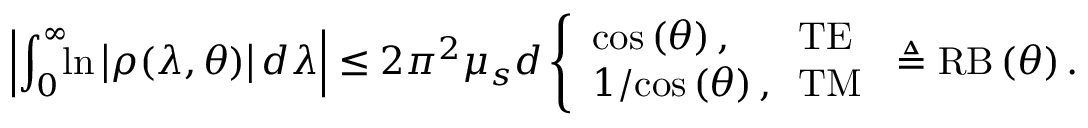
\left| \int _ { 0 } ^ { \infty } \! \! \ln \left| \rho ( \lambda , \theta ) \right| \! \, d \lambda \right| \leq 2 \pi ^ { 2 } \mu _ { s } d \left\{ \begin{array} { l l } { \mathrm { c o s } \left( \theta \right) , } & { \! \! \mathrm { T E } } \\ { 1 / \mathrm { c o s } \left( \theta \right) , } & { \! \! \mathrm { T M } } \end{array} \right. \triangleq \mathrm { R B } \left( \theta \right) .